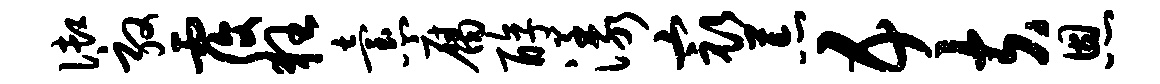
御敦覆狂怠腐醇漾最荒五夫恩